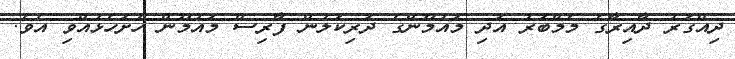
ދިއްގަރު ދާއިރާގެ މެމްބަރު އަދި މައުމޫންގެ ދަރިކަލުން ފާރިސް މައުމޫން ހުށަހެޅުއްވި އެވެ.